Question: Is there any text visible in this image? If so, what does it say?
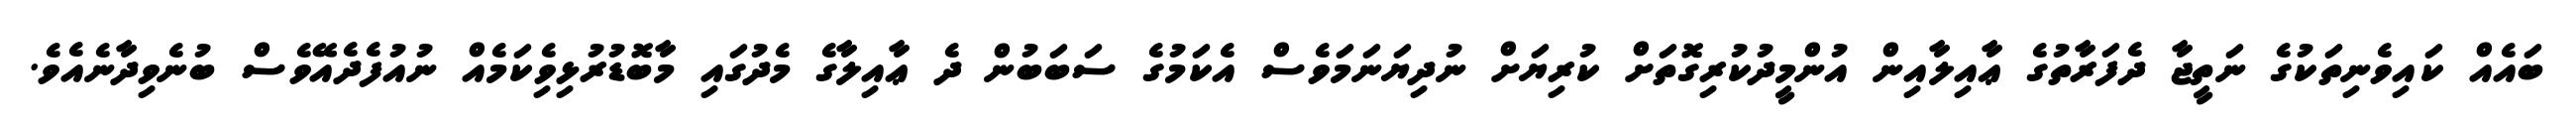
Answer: ބައެއް ކައިވެނިތަކުގެ ނަތީޖާ ދެފަރާތުގެ ޢާއިލާއިން އުންމީދުކުރިގޮތަށް ކުރިޔަށް ނުދިޔަނަމަވެސް އެކަމުގެ ސަބަބުން ދެ ޢާއިލާގެ މެދުގައި މާބޮޑުރުޅިވެިކަމެއް ނުއުފެދެއޭވެސް ބުނެވިދާނެއެވެ.